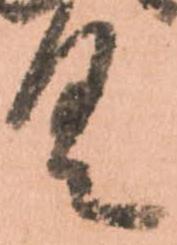
具